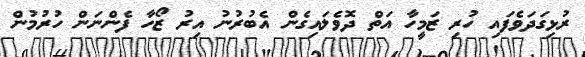
ރުޅިގަދަވެފައި ހުރި ޒަމީހާ އަތް ދޮވެލައިގެން އެބުރުނު އިރު ޒޯހާ ފެންނަން ހުރުމުން